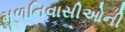
મૂળનિવાસીઓની